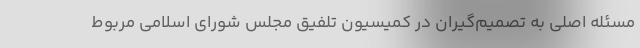
مسئله اصلی به تصمیم‌گیران در کمیسیون تلفیق مجلس شورای اسلامی مربوط